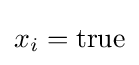
x_{i}=\mathrm {true}